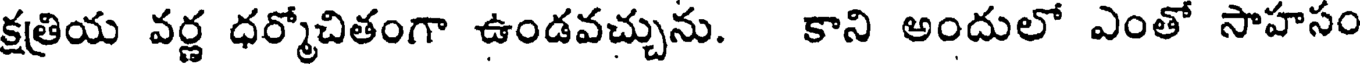
క్షత్రియ వర్ణ ధర్మోచితంగా ఉండవచ్చును. కాని అందులో ఎంతో సాహసం